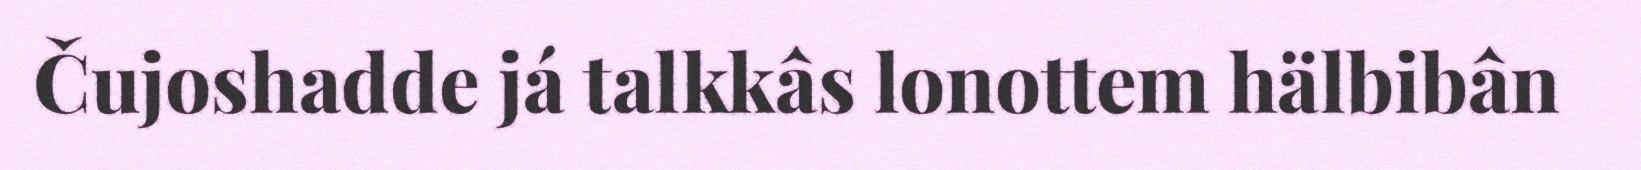
Čujoshadde já talkkâs lonottem hälbibân